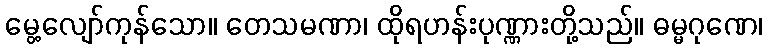
မွေ့လျော်ကုန်သော။ တေသမဏာ၊ ထိုရဟန်းပုဏ္ဏားတို့သည်။ ဓမ္မဂုဏေ၊